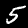
Label: 5